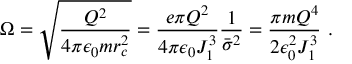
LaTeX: \Omega = \sqrt { \frac { Q ^ { 2 } } { 4 \pi \epsilon _ { 0 } m r _ { c } ^ { 2 } } } = { \frac { e \pi Q ^ { 2 } } { 4 \pi \epsilon _ { 0 } J _ { 1 } ^ { 3 } } } { \frac { 1 } { { \bar { \sigma } } ^ { 2 } } } = { \frac { \pi m Q ^ { 4 } } { 2 \epsilon _ { 0 } ^ { 2 } J _ { 1 } ^ { 3 } } } ~ .